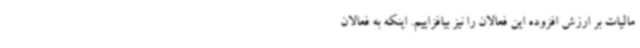
مالیات بر ارزش افزوده این فعالان را نیز بیافزاییم. اینکه به فعالان